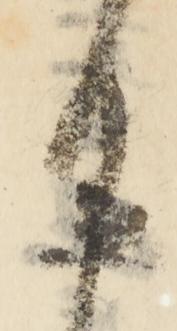
日